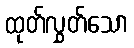
ထုတ်လွှတ်သော